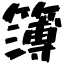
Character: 簿